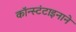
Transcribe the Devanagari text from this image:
कॉन्स्टंटाइनाने